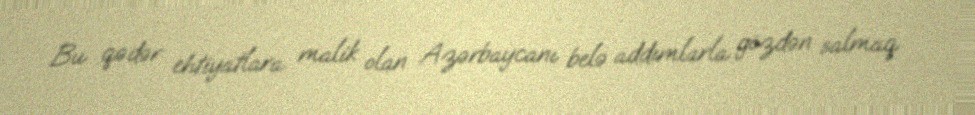
Bu qədər ehtiyatlara malik olan Azərbaycanı belə addımlarla gözdən salmaq